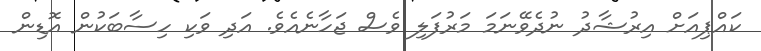
ކައްޕިއަށް އިރުޝާދު ނުދެވޭނަމަ މަރުފަލި ވެސް ޖަހާނެއެވެ. އަދި ވަކި ހިސާބަކުން އޮޑިން